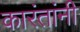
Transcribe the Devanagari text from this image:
कारंतांनी